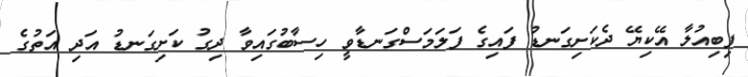
ފިބިއުލާ އޭކިޔޭ ދެކަށިގަނޑު ފައިގެ ފަލަމަސްގަނޑާވީ ހިސާބުގައިވާ ދިގު ކަށިގަނޑު އަދި އަތުގެ